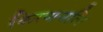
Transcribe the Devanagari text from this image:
किरणवलि